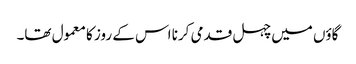
گاؤں میں چہل قدمی کرنا اس کے روز کا معمول تھا۔